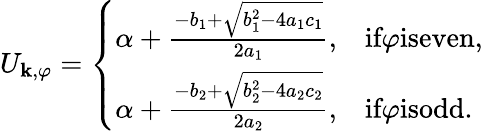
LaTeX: \begin{array}{r}{U_{\textbf{k},\varphi}=\left\{ \begin{array}{ll}{\alpha+\frac{-b_{1}+\sqrt{b_{1}^{2}-4a_{1}c_{1}}}{2a_{1}},}&{\textup{if}\varphi\textup{iseven,}}\\ {\alpha+\frac{-b_{2}+\sqrt{b_{2}^{2}-4a_{2}c_{2}}}{2a_{2}},}&{\textup{if}\varphi\textup{isodd.}}\end{array}\right.}\end{array}